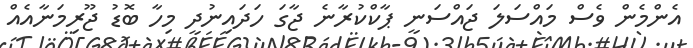
އެންމެން ވެސް މައްސަލަ ޖައްސަނީ ޕާކްކުރާނެ ޖާގަ ހަދައިނުދީ މިހާ ބޮޑު ޖޫރިމަނާއެއް